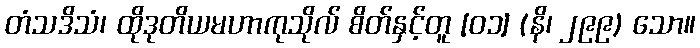
တံသဒိသံ၊ ထိုဒုတိယမဟာကုသိုလ် စိတ်နှင့်တူ [၀၁] (နိ၊ ၂၉၉) သော။